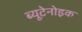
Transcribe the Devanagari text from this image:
ब्यूटेनोइक